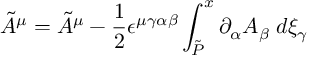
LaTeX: \tilde { { \cal A } } ^ { \mu } = \tilde { A } ^ { \mu } - \frac { 1 } { 2 } \epsilon ^ { \mu \gamma \alpha \beta } \int _ { \tilde { P } } ^ { x } \partial _ { \alpha } A _ { \beta } \; d \xi _ { \gamma }